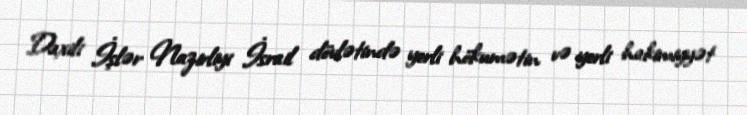
Daxili İşlər Nazirliyi İsrail dövlətində yerli hökumətin və yerli hakimiyyət